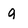
Character: g